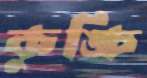
কুঙ্চি